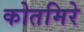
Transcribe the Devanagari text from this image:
कोतमिरे